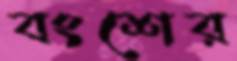
বংশের